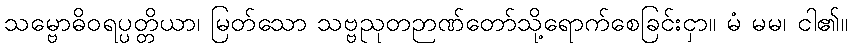
သမ္ဗောဓိဝရပ္ပတ္တိယာ၊ မြတ်သော သဗ္ဗညုတဉာဏ်တော်သို့ရောက်စေခြင်းငှာ။ မံ မမ၊ ငါ၏။